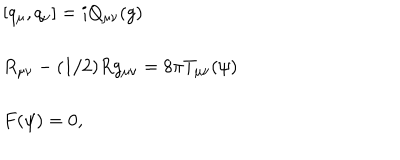
LaTeX: \left. \begin{array} { l } { { \left[ q _ { \mu } , q _ { \nu } \right] = i Q _ { \mu \nu } ( g ) } } \\ { { { } } } \\ { { R _ { \mu \nu } - ( 1 / 2 ) R g _ { \mu \nu } = 8 \pi T _ { \mu \nu } ( \psi ) } } \\ { { { } } } \\ { { F ( \psi ) = 0 , } } \\ \end{array} \right.